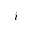
i